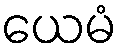
ယေမံ